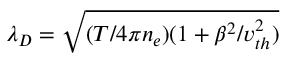
\lambda _ { D } = \sqrt { ( T / 4 \pi n _ { e } ) ( 1 + \beta ^ { 2 } / v _ { t h } ^ { 2 } ) }